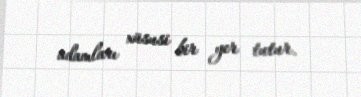
adamları xüsusi bir yer tutur.